Annual administration report of the Civil Veterinary Department of India - 1894-1895
Year: 1894
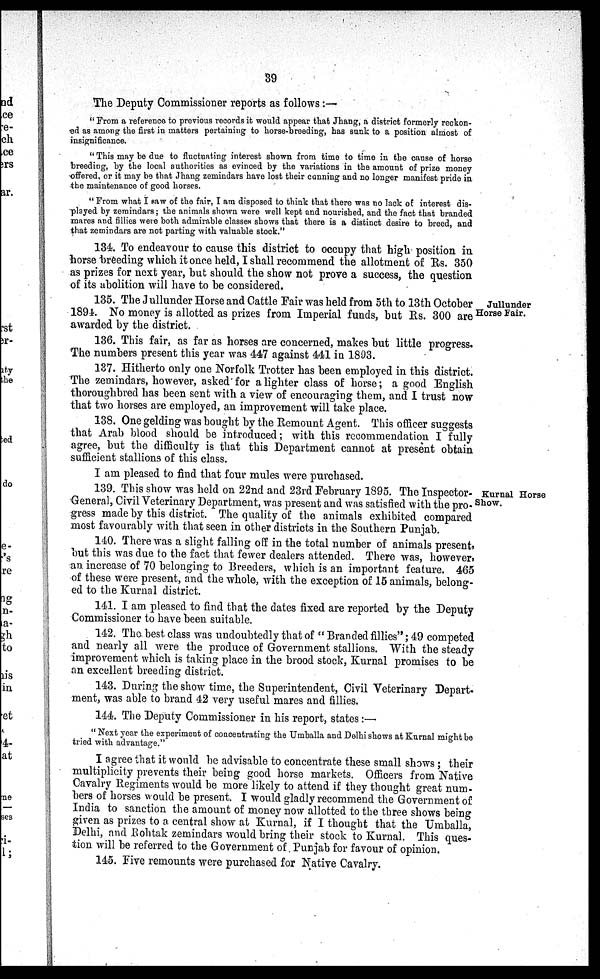
39
The Deputy Commissioner reports as follows :—
" From a reference to previous records it would appear that Jhang, a district formerly reckon-
ed as among the first in matters pertaining to horse-breeding, has sunk to a position almost of
insignificance.
" This may be due to fluctuating interest shown from time to time in the cause of horse
breeding by the local authorities as evinced by the variations in the amount of prize money
offered, or it may be that Jhang zemindars have lost their canning and no longer manifest pride in
the maintenance of good horses.
" From what I saw of the fair, I am disposed to think that there was no lack of interest dis-
played by zemindars; the animals shown were well kept and nourished, and the fact that branded
mares and fillies were both admirable classes shows that there is a distinct desire to breed, and
that zemindars are not parting with valuable stock."
134. To endeavour to cause this district to occupy that high position in
horse breeding which it once held, I shall recommend the allotment of Rs. 350
as prizes for next year, but should the show not prove a success, the question
of its abolition will have to be considered.
Jullunder
Horse Fair.
135. The Jullunder Horse and Cattle Fair was held from 5th to 13th October
1894. No money is allotted as prizes from Imperial funds, but Rs. 300 are
awarded by the district.
136. This fair, as far as horses are concerned, makes but little progress.
The numbers present this year was 447 against 441 in 1893.
137. Hitherto only one Norfolk Trotter has been employed in this district.
The zemindars, however, asked for a lighter class of horse; a good English
thoroughbred has been sent with a view of encouraging them, and I trust now
that two horses are employed, an improvement will take place.
138. One gelding was bought by the Remount Agent. This officer suggests
that Arab blood should be introduced; with this recommendation I fully
agree, but the difficulty is that this Department cannot at present obtain
sufficient stallions of this class.
I am pleased to find that four mules were purchased.
Kurnal Horse
Show.
139. This show was held on 22nd and 23rd February 1895. The Inspector-
General, Civil Veterinary Department, was present and was satisfied with the pro-
gress made by this district. The quality of the animals exhibited compared
most favourably with that seen in other districts in the Southern Punjab.
140. There was a slight falling off in the total number of animals present,
but this was due to the fact that fewer dealers attended. There was, however,
an. increase of 70 belonging to Breeders, which is an important feature. 465
of these were present, and the whole, with the exception of 15 animals, belong-
ed to the Kurnal district.
141. I am pleased to find that the dates fixed are reported by the Deputy
Commissioner to have been suitable.
142. The best class was undoubtedly that of " Branded fillies"; 49 competed
and nearly all were the produce of Government stallions. With the steady
improvement which is taking place in the brood stock, Kurnal promises to be
an excellent breeding district.
143. During the show time, the Superintendent, Civil Veterinary Depart-
ment, was able to brand 42 very useful mares and fillies.
144. The Deputy Commissioner in his report, states:—
" Next year the experiment of concentrating the Umballa and Delhi shows at Kurnal might be
tried with advantage."
I agree that it would be advisable to concentrate these small shows; their
multiplicity prevents their being good horse markets. Officers from Native
Cavalry Regiments would be more likely to attend if they thought great num-
bers of horses would be present. I would gladly recommend the Government of
India to sanction the amount of money now allotted to the three shows being
given as prizes to a. central show at Kurnal, if I thought that the Umballa,
Delhi, and Rohtak zemindars would bring their stock to Kurnal. This ques-
tion will be referred to the Government of Punjab for favour of opinion.
145. Five remounts were purchased for Native Cavalry.